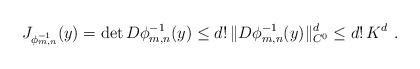
LaTeX: \begin{align*}J_{\phi_{m,n}^{-1}}(y)=\det D\phi_{m,n}^{-1}(y)\leq d!\, \|D\phi_{m,n}^{-1}(y)\|_{C^0}^d\leq d!\, K^d \ .\end{align*}